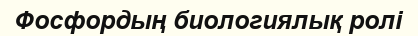
Фосфордың биологиялық ролi